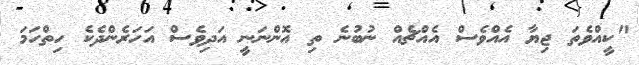
"ކީއްވެތަ ޖިޔާ އެއްވެސް އެއްޗެއް ނުބުނެ ތި އޮންނަނީ އަދިވެސް އަހަރެންދެކެ ހިތްހަމަ